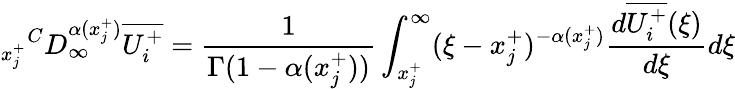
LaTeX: {_{x_{j}^{+}}}^{C}D_{\infty}^{\alpha(x_{j}^{+})}\overline{{U_{i}^{+}}}=\frac{1}{\Gamma(1-\alpha(x_{j}^{+}))}\int_{x_{j}^{+}}^{\infty}(\xi-x_{j}^{+})^{-\alpha(x_{j}^{+})}\frac{d\overline{{U_{i}^{+}}}(\xi)}{d\xi}d\xi